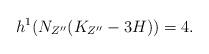
LaTeX: \begin{align*}h^1(N_{Z''}(K_{Z''}-3H))=4. \end{align*}